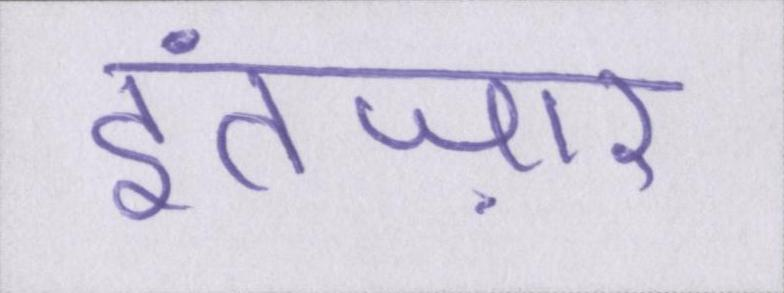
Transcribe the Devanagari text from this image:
इंतज़ार